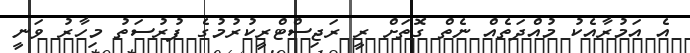
އެ އަމުރާއެކު މުއްދަތެއް ނެތް ގޮތަށް ރީ ރަޖިސްޓްރީކުރުމުގެ ފުރުސަތު މިހާރު ވަނީ